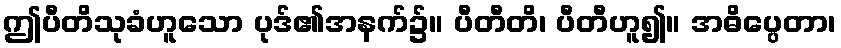
ဤပီတိသုခံဟူသော ပုဒ်၏အနက်၌။ ပီတီတိ၊ ပီတီဟူ၍။ အဓိပ္ပေတာ၊